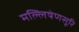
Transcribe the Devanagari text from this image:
मल्लिषेणसूरि